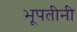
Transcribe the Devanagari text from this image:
भूपतीनी